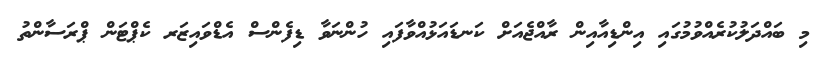
މި ބައްދަލުކުރެއްވުމުގައި އިންޑިއާއިން ރާއްޖެއަށް ކަނޑައަޅުއްވާފައި ހުންނަވާ ޑިފެންސް އެޑްވައިޒަރ ކެޕްޓަން ޕްރަސާންތު